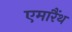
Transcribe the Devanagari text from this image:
एमारैंथ